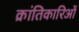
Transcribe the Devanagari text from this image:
क्रांतिकारिओं